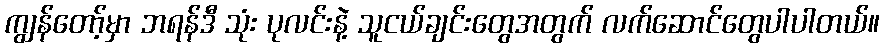
ကျွန်တော့်မှာ ဘရန်ဒီ သုံး ပုလင်းနဲ့ သူငယ်ချင်းတွေအတွက် လက်ဆောင်တွေပါပါတယ်။